Leaving Certificate Examination (including Day School Certificate (Higher) General paper), 1926
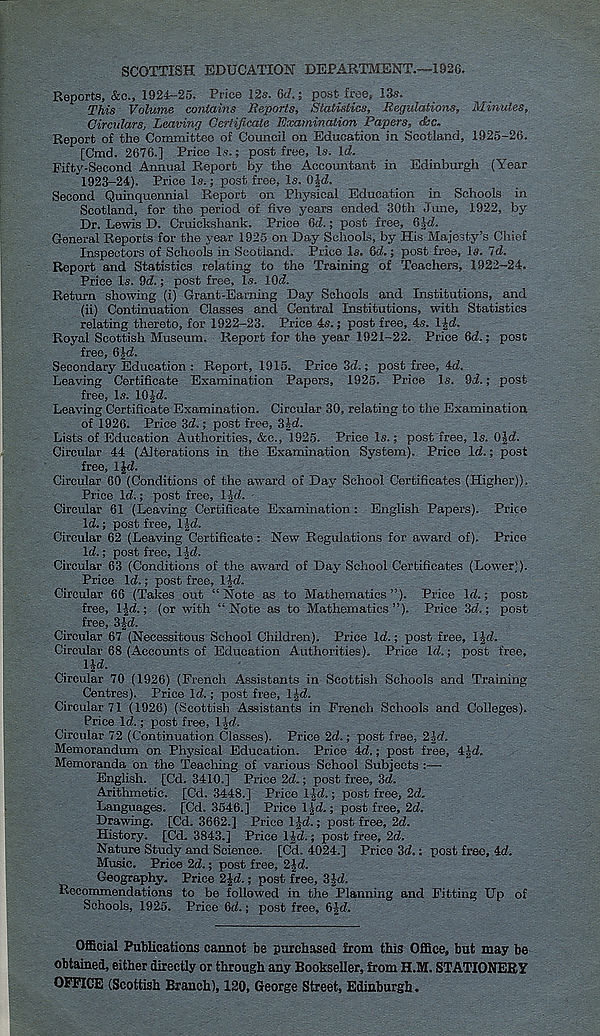
SCOTTISH EDUCATION DEPARTMENT.—1926.
Reports, &e., 1924-25, Price 12s, (id,; post free, 13s.
This Volume contains Reports, Statistics, Regulations, Minutes,
Circulars, Leaving Certificate Examination Papers, dkc.
Report of the Committee of Council on Education in Scotland, 1925-26.
[Cmd. 2676.] Price Is.; post free. Is. Id.
Fifty-Second Annual Report by the Accountant in Edinburgh (Year
1923-24), Price Is,; post free. Is, OJd.
Second Quinquennial Report on Physical Education in Schools in
Scotland, for the period of five years ended 30th June, 1922, by
Dr. Lewis D. Cruickshank. Price 6d.; post free, did.
General Reports for the year 1925 on Day Schools, by His Majesty’s Chief
Inspectors of Schools in Scotland. Price Is. 6d.; post free, la. id.
Report and Statistics relating to the Training of Teachers, 1922-24.
Price Is. 9d.; post free. Is. lOd.
Return showing (i) Grant-Earning Day Schools and Institutions, and
(ii) Continuation Classes and Central Institutions, with Statistics
relating thereto, for 1922-23. Price 4s.; post free, 4s. 1 Jd.
Royal Scottish Museum. Report for the year 1921-22. Price (id.; post
free, 6|d.
Secondary Education : Report, 1915. Price 3d.; post free, 4d.
Leaving Certificate Examination Papers, 1925. Price Is. 9d.; post
free, Is. 10-jd.
Leaving Certificate Examination. Circular 30, relating to the Examination
of 1926. Price 3d.; post free, 3Jd.
Lists of Education Authorities, &c., 1925. Price Is.; post free, Is. 0-|d.
Circular 44 (Alterations in the Examination System). Price Id.; post
free, IJd.
Circular 60 (Conditions of the award of Day School Certificates (Higher)).
Price Id.; post free, l-|d.
Circular 61 (Leaving Certificate Examination: English Papers). Price
Id.; post free, 1 jd.
Circular 62 (Leaving Certificate: New Regulations for award of). Price
Id.; post free, IJd.
Circular 63 (Conditions of the award of Day School Certificates (Lower)).
Price Id.; post free, 1 Jd.
Circular 66 (Takes out “Note as to Mathematics”). Price Id.; post,
free, IJd.; (or with “Note as to Mathematics”). Price 3d.; post
free, SJd.
Circular 67 (Necessitous School Children). Price Id.; post free, IJd.
Circular 68 (Accounts of Education Authorities). Price Id.; post free,
l|d.
Circular 70 (1926) (French Assistants in Scottish Schools and Training-
Centres). Price Id.; post free, IJd.
Circular 71 (1926) (Scottish Assistants in French Schools and Colleges).
Price Id.; post free, \\d.
Circular 72 (Continuation Classes). Price 2d.; post free, 21d.
Memorandum on Physical Education. Price 4d.; post free, 4Jd,
Memoranda on the Teaching of various School Subjects :—•
English. [Cd. 3410.] Price 2d.; post free, 3d.
Arithmetic. [Cd. 3448.] Price l\d.; post free, 2d.
Languages. [Cd. 3546.] Price l-|d.; post free, 2d.
Drawing. [Cd. 3662.] Price I Jd.; post free, 2d.
History. [Cd. 3843.] Price IJd.; post free, 2d.
Nature Study and Science. [Cd. 4024.] Price 3d.: post free, 4d.
Music. Price 2d.; post free, 2|d.
Geography. Price 2Jd.; post free, 3|d.
Recommendations to be followed in the Planning and Fitting Up of
Schools, 1925. Price 6d.; post free, 6-Jrf.
Official Publications cannot be purchased from this Office, but may be
obtained, either directly or through any Bookseller, from H.M. STATIONERY
OFFICE (Scottish Branch), 120, George Street, Edinburgh.